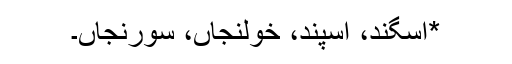
*اسگند، اسپند، خولنجاں، سورنجاں۔